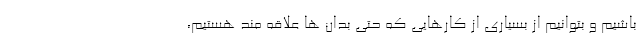
باشیم و بتوانیم از بسیاری از کارهایی که حتی بدان ها علاقه مند هستیم،